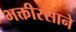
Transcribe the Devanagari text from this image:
भक्तीरसाने